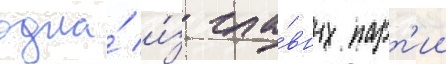
одна́ и́з гла́вных парт'ии